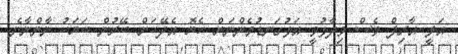
އަލީ އާރިފް ވެސް ވިދާޅުވީ އަޅުގަނޑުމެންނަށް ހެޔޮ އެދޭކަށް ބޭރުން ބަޔަކު ނާންނާނެ